Civil Veterinary Dept. Bombay admin report 1923-31 - 1923-1931
Year: 1923
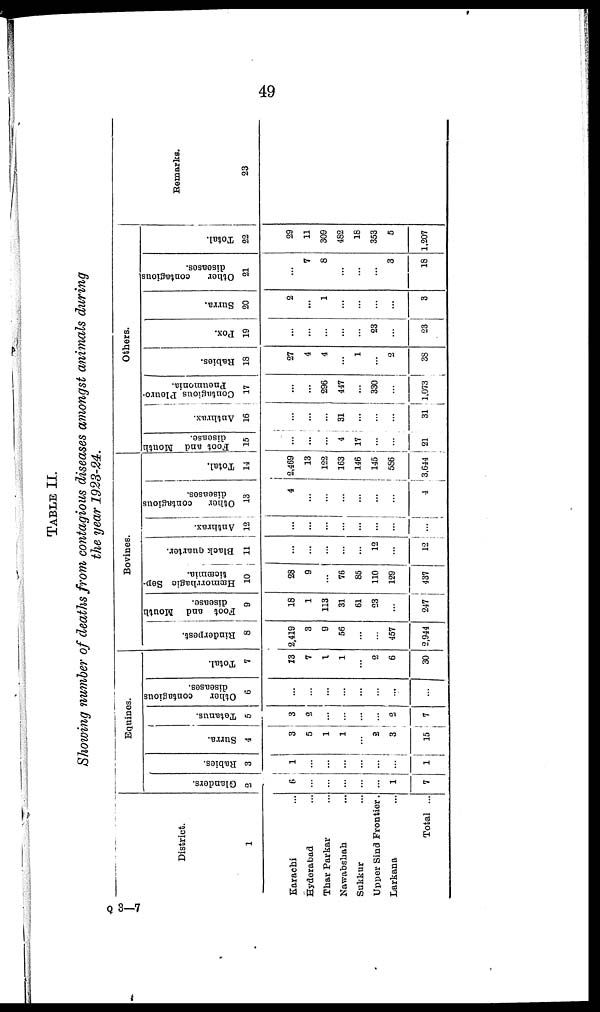
49
TABLE II.
Showing number of deaths from contagious diseases amongst animals during
the year 1923-24.
District.
1
Karachi ...
Hyderabad ...
Thar Parkar ...
Nawabshah ...
Sukkur ...
Upper Sind Frontier.
Larkana ...
Total ...
Equines.
Glanders.
2
6
...
...
...
...
...
1
7
Babies.
3
1
...
...
...
...
...
...
1
Surra.
4
3
5
1
1
...
2
3
15
Tetanus.
5
3
2
...
...
...
...
2
7
Other
contagious
diseases.
6
...
...
...
...
...
...
...
...
Total.
7
13
7
1
1
...
2
6
30
Bovines.
Rinderpest.
8
2,419
3
9
56
...
...
457
2,944
Foot and Mouth
disease.
9
18
1
113
31
61
23
...
247
Hæmorrhagic Sep-
ticæmia.
10
28
9
...
76
85
110
129
437
Black quarter.
11
...
...
...
...
...
12
...
12
Anthrax.
12
...
...
...
...
...
...
...
...
Other
contagious
diseases.
13
4
...
...
...
...
...
...
4
Total.
14
2,469
13
122
163
146
145
586
3,644
Others.
Foot and Mouth
disease.
15
...
...
...
4
17
...
...
21
Anthrax.
16
...
...
...
31
...
...
...
31
Contagious Pleuro-
pneumonia.
17
...
...
296
447
...
330
...
1,073
Babies.
18
27
4
4
...
1
...
2
38
Pox.
19
...
...
...
...
...
23
...
23
Surra.
20
2
...
1
...
...
...
...
3
Other
contagious
diseases.
21
...
7
8
...
...
...
3
18
Total.
22
29
11
309
482
18
353
5
1,207
Remarks.
23
Q3—7